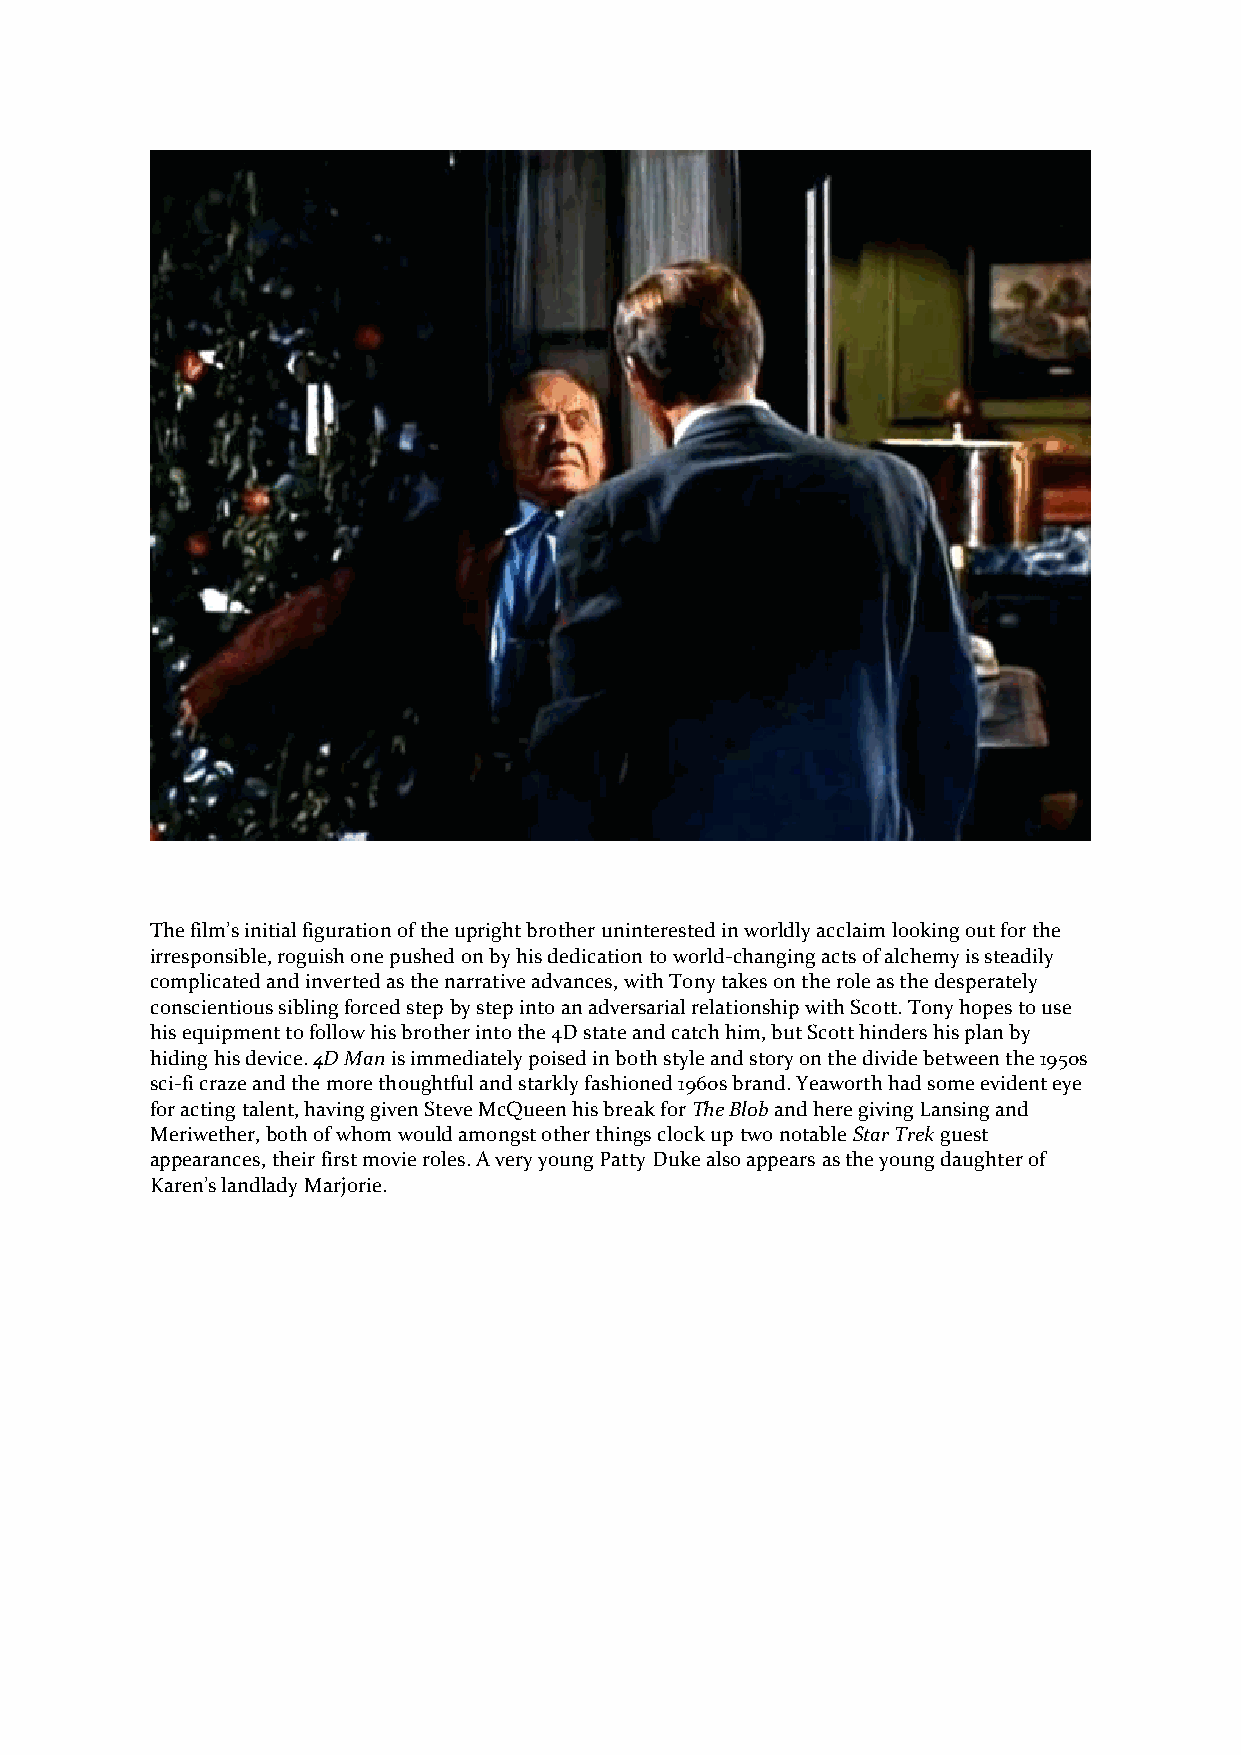
The film’s initial figuration of the upright brother uninterested in worldly acclaim looking out for the
 irresponsible, roguish one pushed on by his dedication to world-changing acts of alchemy is steadily
 complicated and inverted as the narrative advances, with Tony takes on the role as the desperately
 conscientious sibling forced step by step into an adversarial relationship with Scott. Tony hopes to use
 his equipment to follow his brother into the 4D state and catch him, but Scott hinders his plan by
 hiding his device. 4D Man is immediately poised in both style and story on the divide between the 1950s
 sci-fi craze and the more thoughtful and starkly fashioned 1960s brand. Yeaworth had some evident eye
 for acting talent, having given Steve McQueen his break for The Blob and here giving Lansing and
 Meriwether, both of whom would amongst other things clock up two notable Star Trek guest
 appearances, their first movie roles. A very young Patty Duke also appears as the young daughter of
 Karen’s landlady Marjorie.